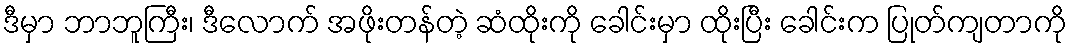
ဒီမှာ ဘာဘူကြီး၊ ဒီလောက် အဖိုးတန်တဲ့ ဆံထိုးကို ခေါင်းမှာ ထိုးပြီး ခေါင်းက ပြုတ်ကျတာကို